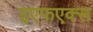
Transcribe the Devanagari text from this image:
इएफएक्स